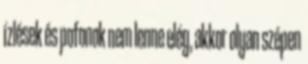
ízlések és pofonok nem lenne elég, akkor olyan szépen